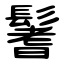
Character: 鬐